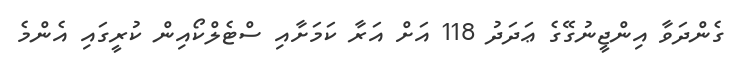
ގެންދަވާ އިންޖީނުގޭގެ ޢަދަދު 118 އަށް އަރާ ކަމަށާއި ސްޓެލްކޯއިން ކުރީގައި އެންމެ